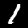
Label: 1